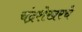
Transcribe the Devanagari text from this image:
चंद्रशेखरचे